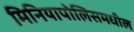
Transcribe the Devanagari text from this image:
मिनियापोलिसमधील